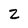
Character: 2